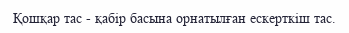
Қошқар тас - қабір басына орнатылған ескерткіш тас.